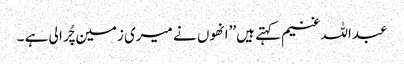
عبداللہ غنیم کہتے ہیں’’انھوں نے میری زمین چُرا لی ہے ۔